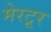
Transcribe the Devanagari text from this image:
मेरटूर